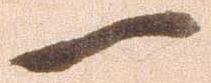
一